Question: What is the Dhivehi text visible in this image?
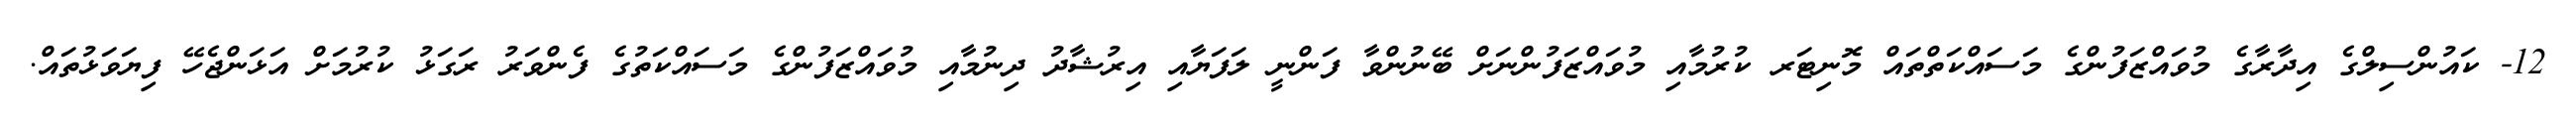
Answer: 12- ކައުންސިލްގެ އިދާރާގެ މުވައްޒަފުންގެ މަސައްކަތްތައް މޮނިޓަރ ކުރުމާއި މުވައްޒަފުންނަށް ބޭނުންވާ ފަންނީ ލަފަޔާއި އިރުޝާދު ދިނުމާއި މުވައްޒަފުންގެ މަސައްކަތުގެ ފެންވަރު ރަގަޅު ކުރުމަށް އަޅަންޖެހޭ ފިޔަވަޅުތައް.